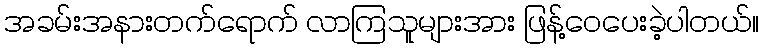
အခမ်းအနားတက်ရောက် လာကြသူများအား ဖြန့်ဝေပေးခဲ့ပါတယ်။